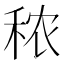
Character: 秾